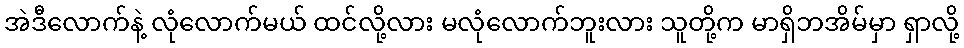
အဲဒီလောက်နဲ့ လုံလောက်မယ် ထင်လို့လား မလုံလောက်ဘူးလား သူတို့က မာရှိဘအိမ်မှာ ရှာလို့